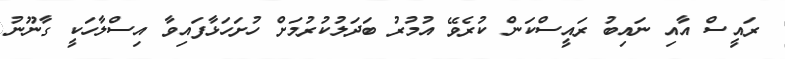
ރައީސް އާއި ނައިބު ރައީސްކަން ކުރެވޭ އުމުރު ބަދަލުކުރުމަށް ހުށަހަޅާފައިވާ އިސްލާހަކީ ގާނޫނު